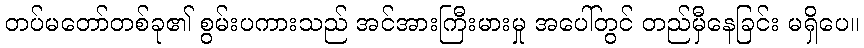
တပ်မတော်တစ်ခု၏ စွမ်းပကားသည် အင်အားကြီးမားမှု အပေါ်တွင် တည်မှီနေခြင်း မရှိပေ။